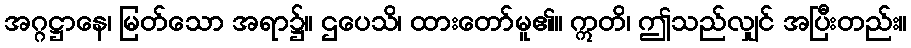
အဂ္ဂဋ္ဌာနေ၊ မြတ်သော အရာ၌။ ဌပေသိ၊ ထားတော်မူ၏။ ဣတိ၊ ဤသည်လျှင် အပြီးတည်း။